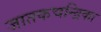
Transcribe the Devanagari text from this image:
जातकचन्द्रिका